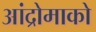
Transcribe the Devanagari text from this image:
आंद्रोमाको